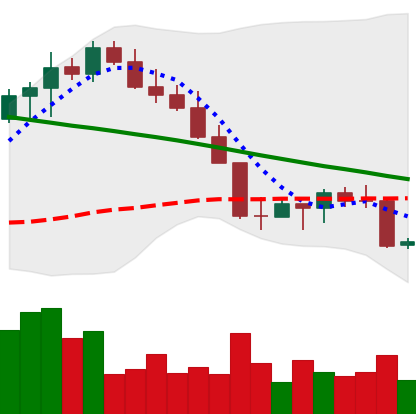
Ticker: LINK-USD
Chart end date: 2022-08-27
Forward return: 5.478%
Label: up_5_7